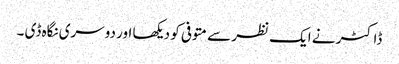
ڈاکٹر نے ایک نظر سے متوفی کو دیکھا اور دوسری نگاہ ڈی ۔